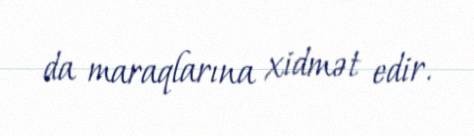
da maraqlarına xidmət edir.